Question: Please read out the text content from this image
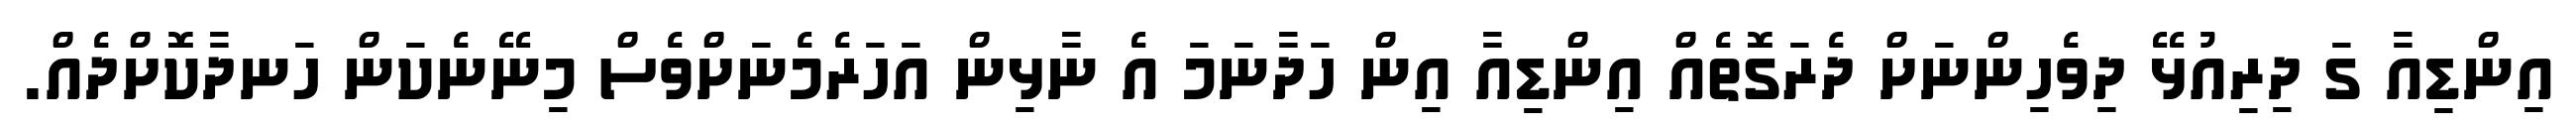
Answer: އިންޑިއާ ގަ ދިރިއުޅޭ ދިވެހިންނަށް ދެރަގޮތެއް އިންޑިއާ އިން ހަދާނަމަ އެ ނާޅިން އަހަރެމެނަށްވެސް މިނޭނެކަން ހަނދާކޮށްދެއް.